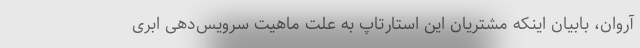
آروان، بابیان اینکه مشتریان این استارتاپ به علت ماهیت سرویس‌دهی ابری